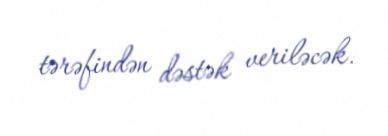
tərəfindən dəstək veriləcək.